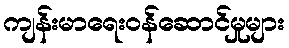
ကျန်းမာရေးဝန်ဆောင်မှုများ